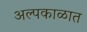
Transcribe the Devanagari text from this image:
अल्पकाळात